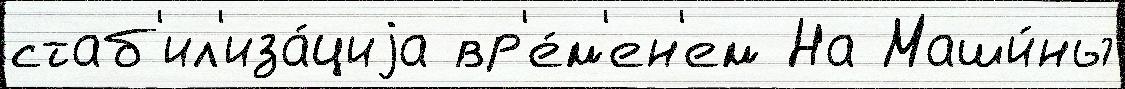
стаб'ил'иза́циjа вр'е́м'ен'ем На Маши́ны